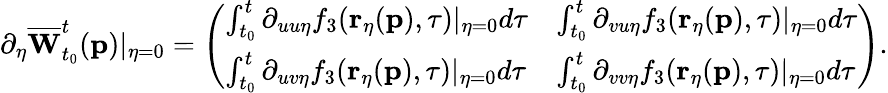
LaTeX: \partial_{\eta}\overline{{\mathbf{W}}}_{t_{0}}^{t}(\mathbf{p})\vert_{\eta=0}=\left(\begin{array}{ll}{\int_{t_{0}}^{t}\partial_{uu\eta}f_{3}(\mathbf{r}_{\eta}(\mathbf{p}),\tau)\vert_{\eta=0}d\tau}&{\int_{t_{0}}^{t}\partial_{vu\eta}f_{3}(\mathbf{r}_{\eta}(\mathbf{p}),\tau)\vert_{\eta=0}d\tau}\\ {\int_{t_{0}}^{t}\partial_{uv\eta}f_{3}(\mathbf{r}_{\eta}(\mathbf{p}),\tau)\vert_{\eta=0}d\tau}&{\int_{t_{0}}^{t}\partial_{vv\eta}f_{3}(\mathbf{r}_{\eta}(\mathbf{p}),\tau)\vert_{\eta=0}d\tau}\end{array}\right).